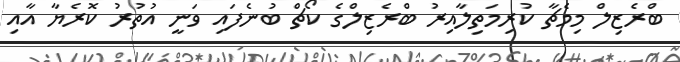
ބްރެޒިލް މިމެޗާ ކުރިމަތިލާއިރު ބްރެޒިލްގެ ކޯޗް ބުނެފައި ވަނީ އުތުރު ކޮރެޔާ އާއި